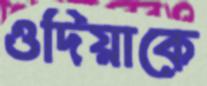
ওদিয়াকে